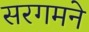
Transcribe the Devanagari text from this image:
सरगमने